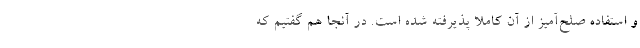
و استفاده صلح‌آمیز از آن کاملا پذیرفته شده است. در آنجا هم گفتیم که